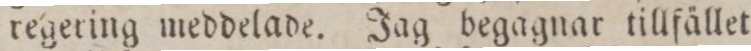
regering meddelade. Jag begagnar tillfället